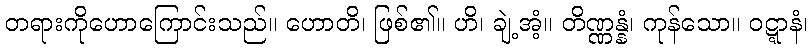
တရားကိုဟောကြောင်းသည်။ ဟောတိ၊ ဖြစ်၏။ ဟိ၊ ချဲ့အံ့။ တိဏ္ဏန္နံ၊ ကုန်သော။ ဝဋ္ဋာနံ၊